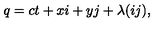
q = c t + x i + y j + \lambda ( i j ) ,